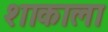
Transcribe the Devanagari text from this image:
शाकाला